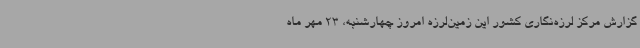
گزارش مرکز لرزه‌نگاری کشور این زمین‌لرزه امروز چهارشنبه، 23 مهر ماه